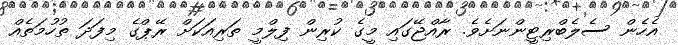
އެހެން ސެލެބްރިޓީންނަށެވެ. ރާއްޖޭގައި މީގެ ކުރިން ފިލްމީ ތަރިއަކަށް ރޭޕްގެ މިފަދަ ތުހުމަތެއް